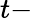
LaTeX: t-